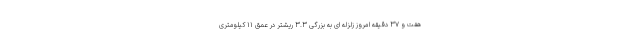
هفت و ۳۷ دقیقه امروز زلزله ای به بزرگی ۳.۳ ریشتر در عمق ۱۱ کیلومتری